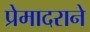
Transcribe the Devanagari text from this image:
प्रेमादराने